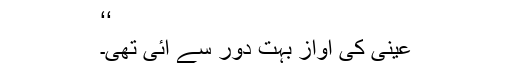
‘‘
عینی کی آواز بہت دور سے آئی تھی۔